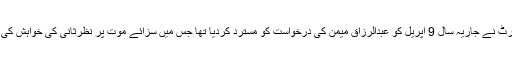
سپریم کورٹ نے جاریہ سال 9 اپریل کو عبدالرزاق میمن کی درخواست کو مسترد کردیا تھا جس میں سزائے موت پر نظرثانی کی خواہش کی گئی تھی۔